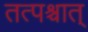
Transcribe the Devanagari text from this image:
तत्पश्र्चात्